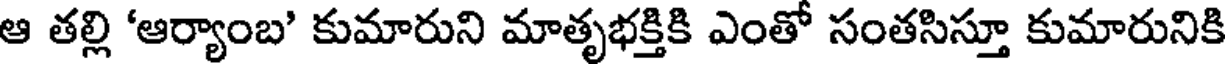
ఆ తల్లి 'ఆర్యాంబ' కుమారుని మాతృభక్తికి ఎంతో సంతసిస్తూ కుమారునికి